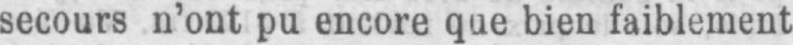
secours n’ont pu encore que bien faiblement